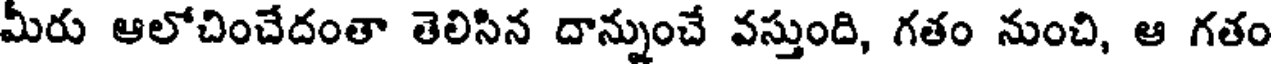
మీరు ఆలోచించేదంతా తెలిసిన దాన్నుంచే వస్తుంది, గతం నుంచి, ఆ గతం